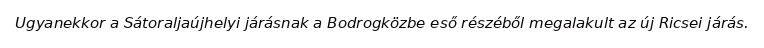
Ugyanekkor a Sátoraljaújhelyi járásnak a Bodrogközbe eső részéből megalakult az új Ricsei járás.